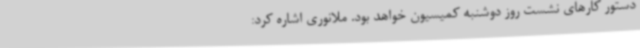
دستور کارهای نشست روز دوشنبه کمیسیون خواهد بود. ملانوری اشاره کرد: